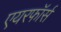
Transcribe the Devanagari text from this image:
एयरफॉर्स